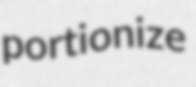
portionize